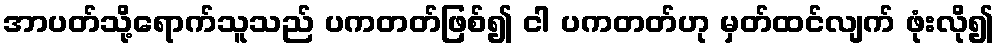
အာပတ်သို့ရောက်သူသည် ပကတတ်ဖြစ်၍ ငါ ပကတတ်ဟု မှတ်ထင်လျက် ဖုံးလို၍